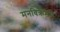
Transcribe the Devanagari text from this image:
मनविक्रमण